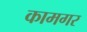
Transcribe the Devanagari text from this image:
कामगर